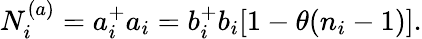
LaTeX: N_{i}^{(a)}=a_{i}^{+}a_{i}=b_{i}^{+}b_{i}[1-\theta(n_{i}-1)].